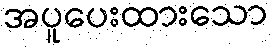
အပူပေးထားသော